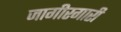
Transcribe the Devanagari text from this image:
जागीरगारी